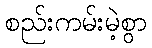
စည်းကမ်းမဲ့စွာ